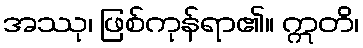
အဿု၊ ဖြစ်ကုန်ရာ၏။ ဣတိ၊